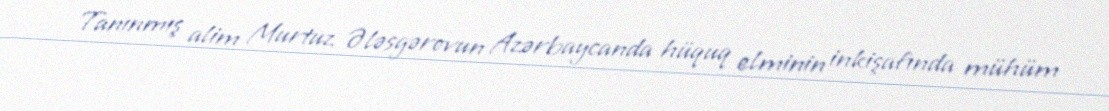
Tanınmış alim Murtuz Ələsgərovun Azərbaycanda hüquq elminin inkişafında mühüm